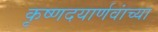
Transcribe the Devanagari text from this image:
कृष्णदयार्णवांच्या